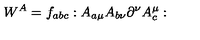
W ^ { A } = f _ { a b c } : A _ { a \mu } A _ { b \nu } \partial ^ { \nu } A _ { c } ^ { \mu } :